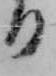
る